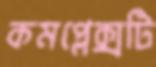
কমপ্লেক্সটি